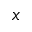
x